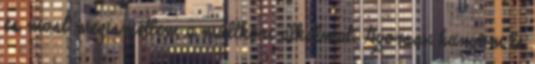
és most megismétlem a múltkori alkalmat. Gyorsan hunyom le